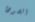
الصودا